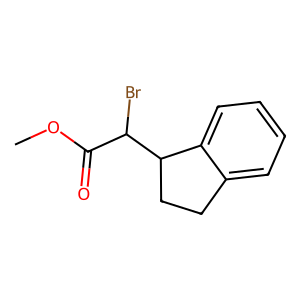
SMILES: COC(=O)C(Br)C1CCc2ccccc21
Inhibits HIV replication: No